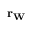
\mathbf { r _ { W } }